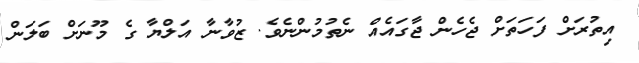
އިތުރަށް ފަހަތަށް ޖެހެން ޖާގައެއް ނެތުމުންނެވެ. ޒުވާނާ އަލްޔާ ގެ މޫނަށް ބަލަން